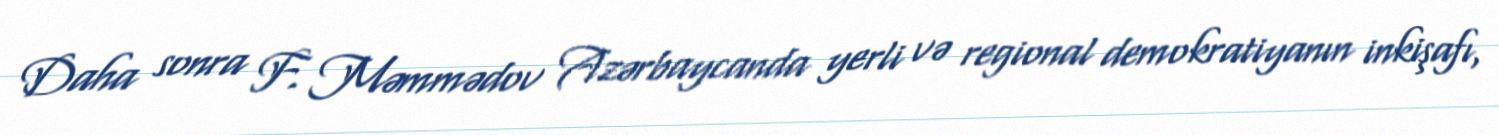
Daha sonra F. Məmmədov Azərbaycanda yerli və regional demokratiyanın inkişafı,